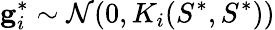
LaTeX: \mathbf{g}_{i}^{*}\sim\mathcal{N}(0,K_{i}(S^{*},S^{*}))